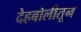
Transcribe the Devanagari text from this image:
देहबोलीतून